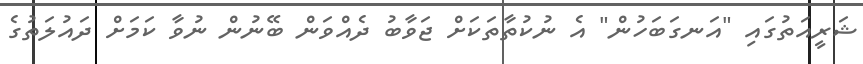
ޝަރީއަތުގައި "އަނގަބަހުން" އެ ނުކުތާތަކަށް ޖަވާބު ދެއްވަން ބޭނުން ނުވާ ކަމަށް ދައުލަތުގެ